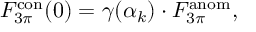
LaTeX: F _ { 3 \pi } ^ { \mathrm { c o n } } ( 0 ) = \gamma ( \alpha _ { k } ) \cdot F _ { 3 \pi } ^ { \mathrm { a n o m } } ,